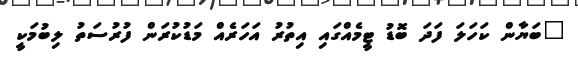
"ބަޔާން ކަހަލަ ފަދަ ބޮޑު ޓީމެއްގައި އިތުރު އަހަރެއް މަޑުކުރަން ފުރުސަތު ލިބުމަކީ